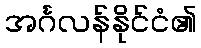
အင်္ဂလန်နိုင်ငံ၏